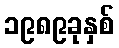
၁၉၈၉ခုနှစ်